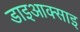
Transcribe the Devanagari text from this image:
डाइआक्साइ